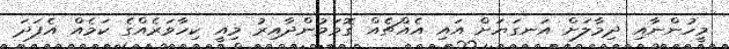
މީހުންނާއި ދިމާލަށް އަނގަޔަށް އައި އެއްޗެއް ގޮވަމުންދާއިރު މިއީ ކިހާވަރެއްގެ ކަމެއް އެފަދަ